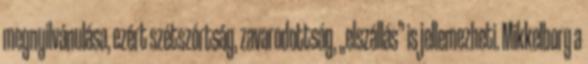
megnyilvánulása, ezért szétszórtság, zavarodottság, „elszállás” is jellemezheti. Mikkelborg a